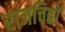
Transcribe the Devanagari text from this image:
राजचिह्रों